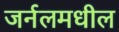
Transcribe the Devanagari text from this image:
जर्नलमधील